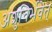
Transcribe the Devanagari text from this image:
अशुचिर्भवेत्